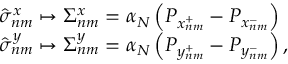
\begin{array} { r } { \phantom { \frac { 1 } { 2 } } \hat { \sigma } _ { n m } ^ { x } \mapsto \Sigma _ { n m } ^ { x } = \alpha _ { N } \left( P _ { x _ { n m } ^ { + } } - P _ { x _ { n m } ^ { - } } \right) \phantom { , } } \\ { \phantom { \frac { 1 } { 2 } } \hat { \sigma } _ { n m } ^ { y } \mapsto \Sigma _ { n m } ^ { y } = \alpha _ { N } \left( P _ { y _ { n m } ^ { + } } - P _ { y _ { n m } ^ { - } } \right) , } \end{array}